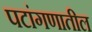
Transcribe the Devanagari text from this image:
पटांगणातील